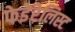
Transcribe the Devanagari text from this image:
फेडेरेलिस्ट